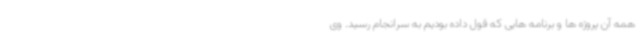
همه آن پروژه ها و برنامه هایی که قول داده بودیم به سرانجام رسید. وی